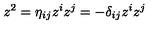
z ^ { 2 } = \eta _ { i j } z ^ { i } z ^ { j } = - \delta _ { i j } z ^ { i } z ^ { j }